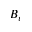
B _ { v }